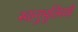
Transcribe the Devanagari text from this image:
स्वानुभूतिमयी